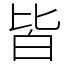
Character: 皆